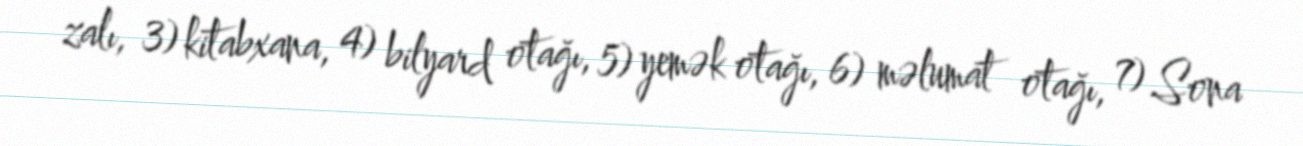
zalı, 3) kitabxana, 4) bilyard otağı, 5) yemək otağı, 6) məlumat otağı, 7) Sona